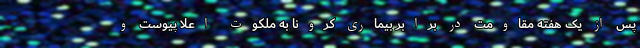
پس از یک هفته مقاومت در برابر بیماری کرونا به ملکوت اعلا پیوست و